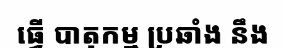
ធ្វើ បាតុកម្ម ប្រឆាំង នឹង